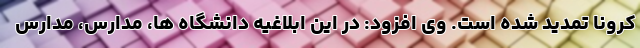
کرونا تمدید شده است. وی افزود: در این ابلاغیه دانشگاه ها، مدارس، مدارس